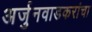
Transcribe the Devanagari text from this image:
अर्जुनवाडकरांचा